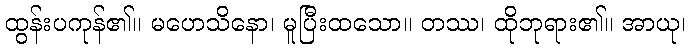
ထွန်းပကုန်၏။ မဟေသိနော၊ မူပြီးထသော။ တဿ၊ ထိုဘုရား၏။ အာယု၊